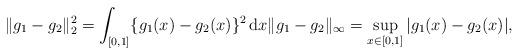
LaTeX: \begin{align*} \|g_1 - g_2\|_2^2 = \int_{[0, 1]} \{g_1(x) - g_2(x)\}^2 \,\mathrm{d}x \|g_1 - g_2\|_\infty = \sup_{x\in[0,1]} |g_1(x) - g_2(x)|, \end{align*}